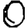
Digit: 0